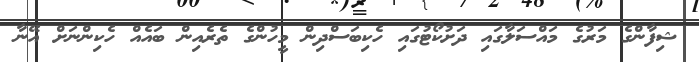
ޝިފާންގެ މަރުގެ މައްސަލާގައި ދަށުކޯޓުގައި ހެކިބަސްދިން މީހުންގެ ތެރެއިން ބައެއް ހެކިންނަށް އޭނާ